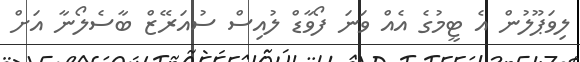
ލިވަޕޫލުން އެ ޓީމުގެ އެއް ވަނަ ފޯވާޑް ލުއިސް ސުއަރޭޒް ބާސެލޯނާ އަށް